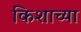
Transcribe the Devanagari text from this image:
किशाच्या